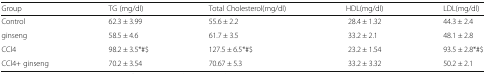
<table><thead><tr><td><b>Group</b></td><td><b>TG (mg/dl)</b></td><td><b>Total Cholesterol(mg/dl)</b></td><td><b>HDL(mg/dl)</b></td><td><b>LDL(mg/dl)</b></td></tr></thead><tbody><tr><td>Control</td><td>62.3 ± 3.99</td><td>55.6 ± 2.2</td><td>28.4 ± 1.32</td><td>44.3 ± 2.4</td></tr><tr><td>ginseng</td><td>58.5 ± 4.6</td><td>61.7 ± 3.5</td><td>33.2 ± 2.1</td><td>48.1 ± 2.8</td></tr><tr><td>CCl4</td><td>98.2 ± 3.5*#$</td><td>127.5 ± 6.5*#$</td><td>23.2 ± 1.54</td><td>93.5 ± 2.8*#$</td></tr><tr><td>CCl4+ ginseng</td><td>70.2 ± 3.54</td><td>70.67 ± 5.3</td><td>33.2 ± 3.32</td><td>50.2 ± 2.1</td></tr></tbody></table>